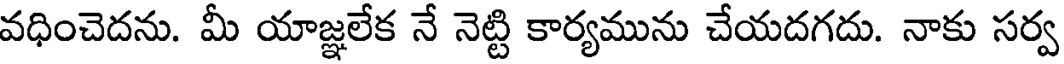
వధించెదను. మీ యాజ్ఞలేక నే నెట్టి కార్యమును చేయదగదు. నాకు సర్వ